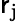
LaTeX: \mathsf{r}_{\mathrm{{j}}}